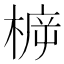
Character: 𣔳